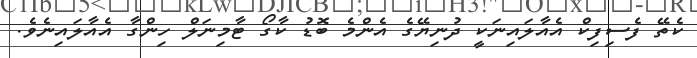
ކެތޭ ފެސިފިކް އެއާލައިނަކީ ދުނިޔޭގެ އެންމެ ބޮޑު ކާގޯ ޓާމިނަލް ހިންގާ އެއާލައިނެވެ.